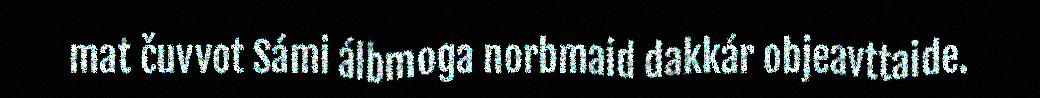
mat čuvvot Sámi álbmoga norbmaid dakkár objeavttaide.